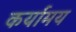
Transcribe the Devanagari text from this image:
कर्यामय